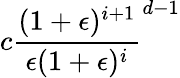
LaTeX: c{\frac{(1+\epsilon)^{i+1}}{\epsilon(1+\epsilon)^{i}}}^{d-1}